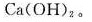
Ca(OH)_{2} 。